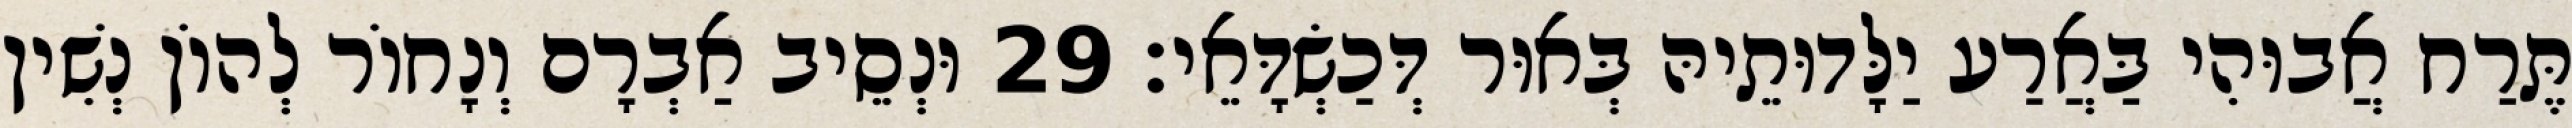
תֶּרַח אֲבוּהִי בַּאֲרַע יַלָּדוּתֵיהּ בְּאוּר דְּכַשְׂדָּאֵי׃ 29 וּנְסֵיב אַבְרָם וְנָחוֹר לְהוֹן נְשִׁין